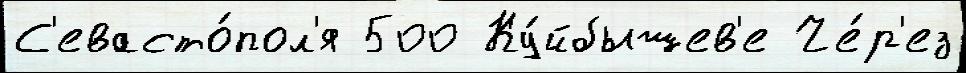
С'евасто́пол'я 500 Ку́йбышев'е Че́р'ез